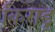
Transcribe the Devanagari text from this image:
किराडू